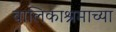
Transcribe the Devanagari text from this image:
बालिकाश्रमाच्या